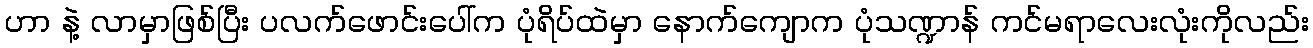
ဟာ နဲ့ လာမှာဖြစ်ပြီး ပလက်ဖောင်းပေါ်က ပုံရိပ်ထဲမှာ နောက်ကျောက ပုံသဏ္ဍာန် ကင်မရာလေးလုံးကိုလည်း